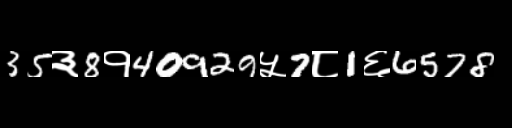
Text: 35३8१40929५7८1६6578